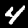
Label: 4